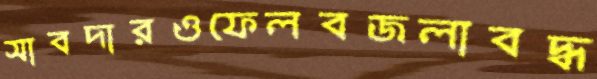
সাবদারওফেলবজলাবদ্ধ